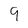
Character: 9